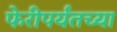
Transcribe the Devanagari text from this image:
फेरीपर्यंतच्या